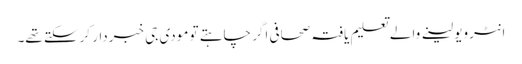
انٹرویو لینے والے تعلیم یافتہ صحافی اگر چاہتے تو مودی جی خبردار کرسکتے تھے۔